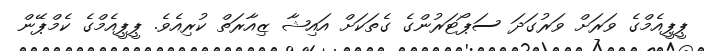
ޕީޕީއެމްގެ ވަރަށް ވަރުގަދަ ސަޕޯޓަރުންގެ ގެތަކަށް އައިޝާ ޒިއާރަތް ކުރިއެވެ. ޕީޕީއެމްގެ ކެމްޕޭން